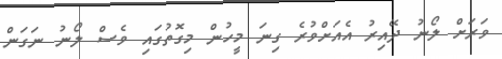
ވަރަށް ލޯނު ދޭއިރު އެއަށްވުރެ ގިނަ މީހުން މިގޮތުގައި ވެސް ލޯނު ނަގަން